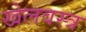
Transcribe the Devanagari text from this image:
खेलवस्त्र